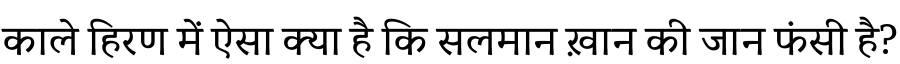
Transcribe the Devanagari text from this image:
काले हिरण में ऐसा क्या है कि सलमान ख़ान की जान फंसी है?